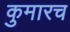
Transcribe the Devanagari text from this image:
कुमारच